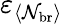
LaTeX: \varepsilon_{\langle\mathcal{N}_{\mathrm{{br}}}\rangle}